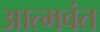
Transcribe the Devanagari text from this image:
आत्मवंत